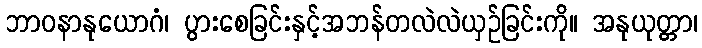
ဘာဝနာနုယောဂံ၊ ပွားစေခြင်းနှင့်အဘန်တလဲလဲယှဉ်ခြင်းကို။ အနုယုတ္တာ၊